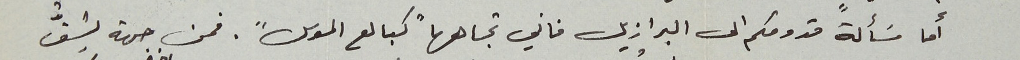
أما مسَألة قدومكم الى البرازيل فاني تجاهها "كبالع الموس". فمن جهة يشقُّ